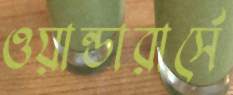
ওয়ান্ডারার্সে